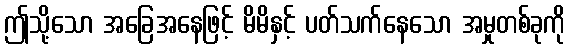
ဤသို့သော အခြေအနေဖြင့် မိမိနှင့် ပတ်သက်နေသော အမှုတစ်ခုကို